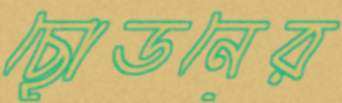
ছোডনের